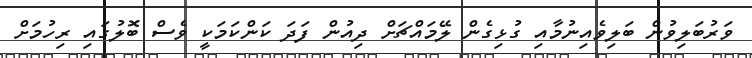
ވަރުބަލިވުން ބަލިވެއިނުމާއި ގުޅިގެން ލޭމައްޗަށް ދިއުން ފަދަ ކަންކަމަކީ ވެސް ބޮލުގައި ރިހުމަށް